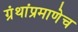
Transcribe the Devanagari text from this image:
ग्रंथांप्रमाणेच